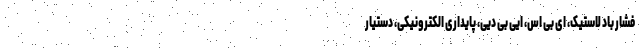
فشار باد لاستیک، ای بی اس، ایی بی دیی، پایداری الکترونیکی، دستیار